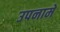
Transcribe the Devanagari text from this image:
उपनामे